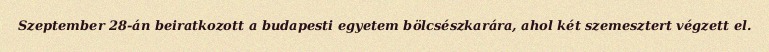
Szeptember 28-án beiratkozott a budapesti egyetem bölcsészkarára, ahol két szemesztert végzett el.